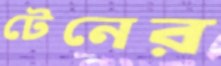
টেনের